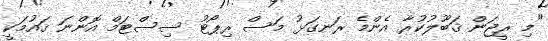
"މި ރީޖަން ޤަބޫލުކުރާ އެންމެ ރަނގަޅު މަސް ރިޕޯޓު ސިސްޓަމް އޮންނަ ޤައުމަކީ